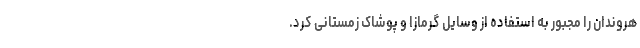
هروندان را مجبور به استفاده از وسایل گرمازا و پوشاک زمستانی کرد.